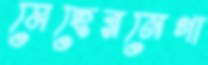
মেহেরনেগা